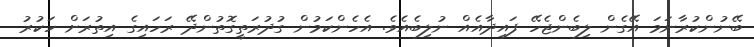
ބޭނުންކުރާނަމަ އޭގެން ލިބެންޖެހޭ ފައިދާއެއް ނުލިބެއެވެ. އެހެންކަމުން ގުދުރަތީގޮތުންދޭ ރަހައިގެ އިތުރަށް ހަކުރު